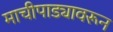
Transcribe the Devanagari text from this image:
माचीपाड्यावरून